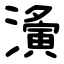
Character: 濥